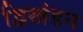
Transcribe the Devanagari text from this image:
द्विखंडन